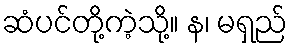
ဆံပင်တို့ကဲ့သို့။ န၊ မရှည်